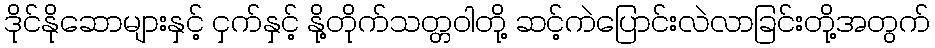
ဒိုင်နိုဆောများနှင့် ငှက်နှင့် နို့တိုက်သတ္တဝါတို့ ဆင့်ကဲပြောင်းလဲလာခြင်းတို့အတွက်